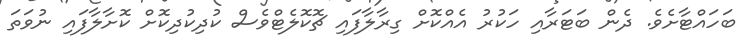
ބަހައްޓާށެވެ. ދެން ބަޓަރާއި ހަކުރު އެއްކޮށް ގިރާލާފައި ޗޮކޮލެޓްވެސް ކުދިކުދިކޮށް ކޮށާލާފައި ނުވަތަ